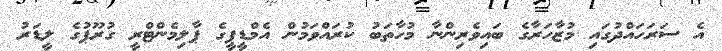
އެ ސަރަހައްދުގައި މުޒާހަރާގެ ބައިވެރިންނާ މުހާތަބު ކުރައްވަމުން އެމްޑީޕީގެ ޕާލިމެންޓްރީ ގުރޫޕުގެ ލީޑަރު